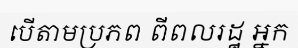
បើតាមប្រភព ពីពលរដ្ឋ អ្នក